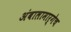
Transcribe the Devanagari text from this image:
अंबालामार्गेच